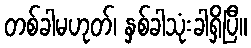
တစ်ခါမဟုတ်၊ နှစ်ခါသုံးခါရှိပြီ။